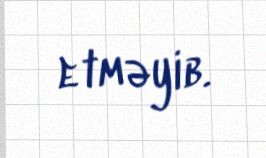
etməyib.